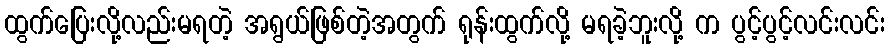
ထွက်ပြေးလို့လည်းမရတဲ့ အရွယ်ဖြစ်တဲ့အတွက် ရုန်းထွက်လို့ မရခဲ့ဘူးလို့ က ပွင့်ပွင့်လင်းလင်း